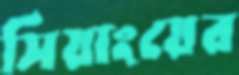
সিয়াংয়ের